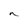
Character: n